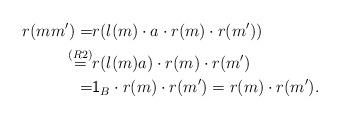
LaTeX: \begin{align*}r(mm')=&r(l(m)\cdot a \cdot r(m)\cdot r(m'))\\ \stackrel{(R2)}=&r(l(m)a)\cdot r(m)\cdot r(m')\\ =&\textsf{1}_B \cdot r(m)\cdot r(m')=r(m)\cdot r(m').\end{align*}